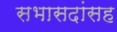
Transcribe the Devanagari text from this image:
सभासदांसह